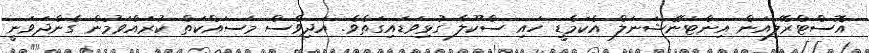
އޮސްޓްރޭލިއަން އިންޓަނޭޝަނަލް އެކަމެޑީ ހައި ސްކޫލާ ގުޅިވަޑައިގަތެވެ. އަދިވެސް މަސައްކަތް ކުރައްވަމުން ގެންދަވަނީ